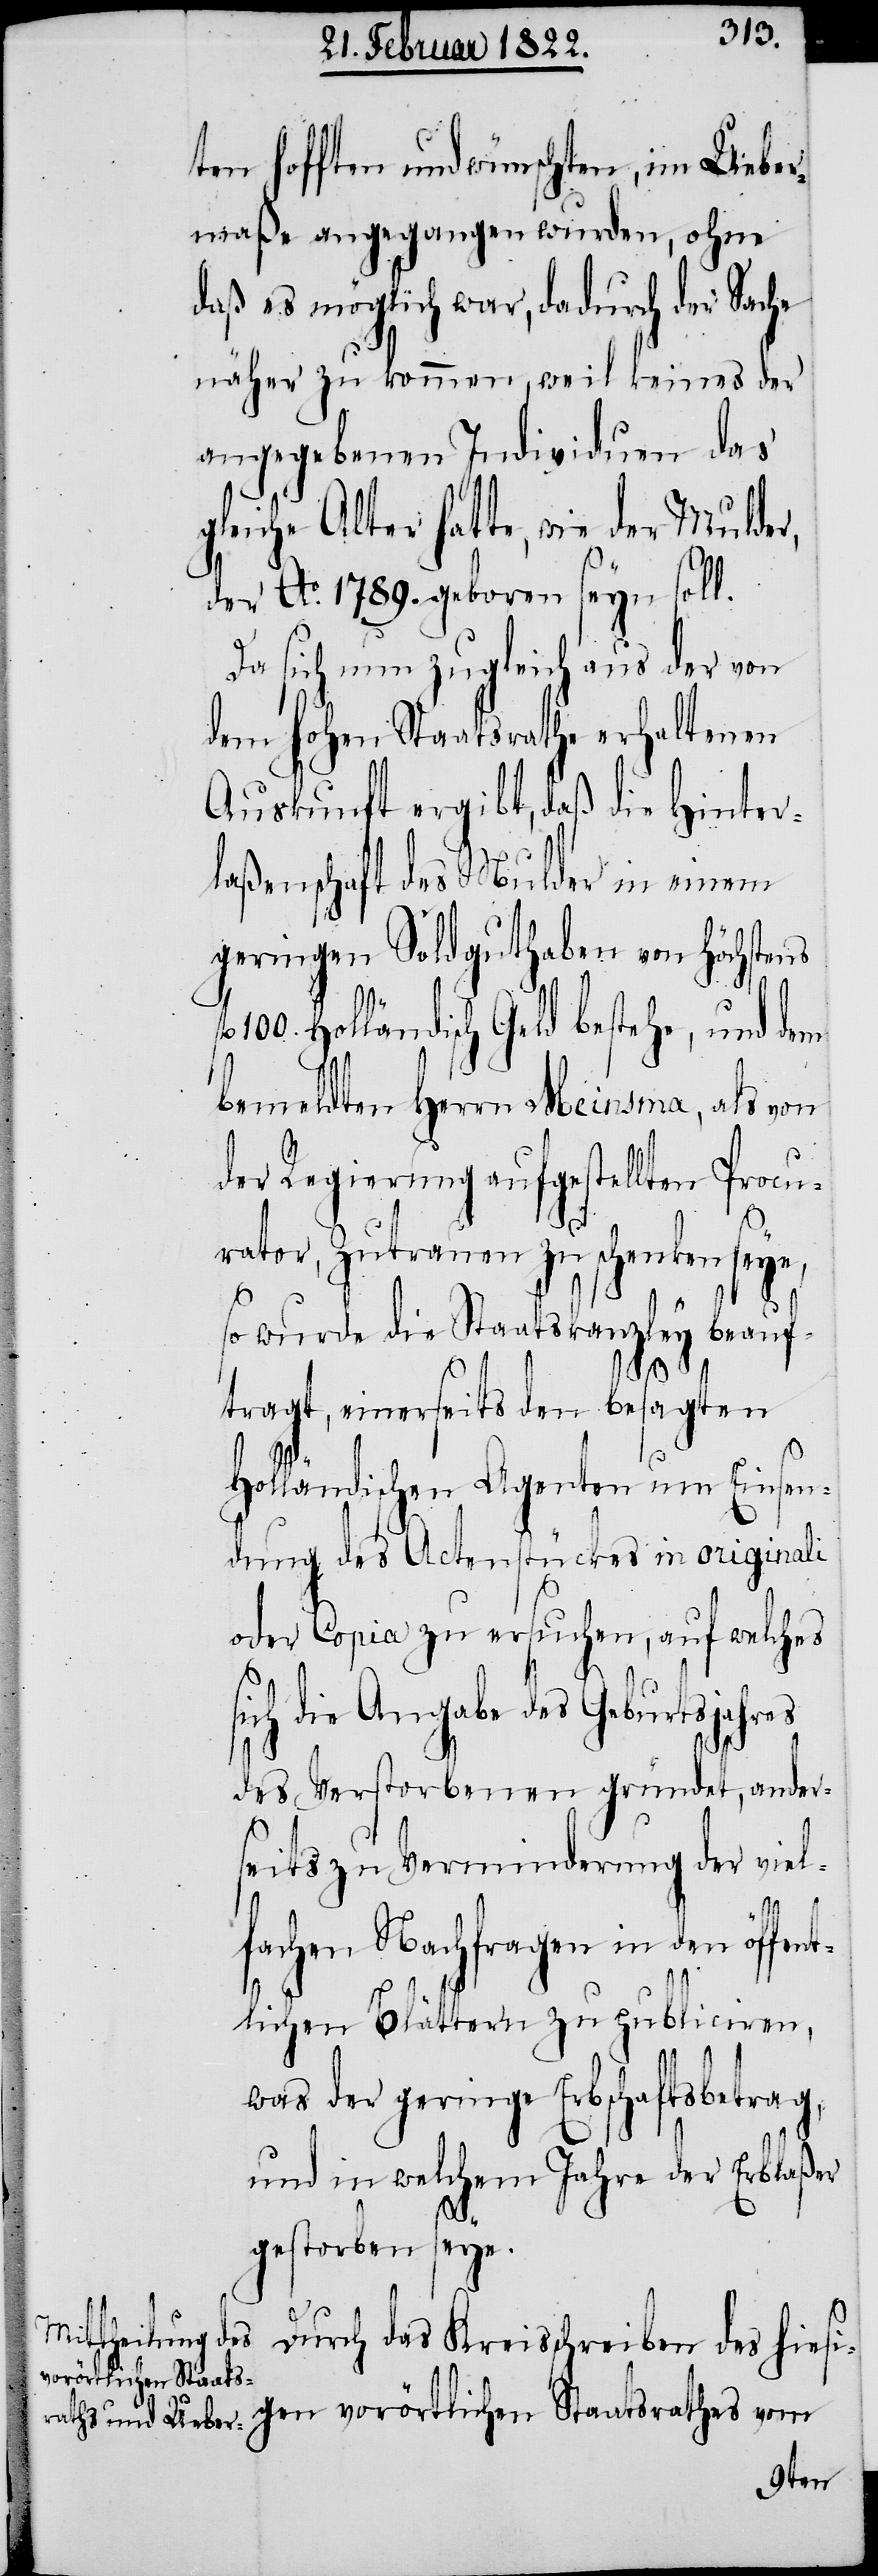
ten hofften und wünschten, im Ueber¬
maße angegangen wurden, ohne
daß es möglich war, dadurch der Sache
näher zu kommen, weil keines der
angegebenen Individuen das
gleiche Alter hatte, wie der
der Ao. 1789. geboren seyn soll.
Da sich nun zugleich aus der von
dem hohen Staatsrathe erhaltenen
Auskunft ergibt, daß die Hinter¬
laßenschaft des Mulder in einem
geringen Soldguthaben von höchstens
Holländisch Geld bestehe, und dem
bemeldten Herrn Meinsma, als von
der Regierung aufgestellten Procu¬
rator, Zutrauen zu schenken seye,
so wurde die Staatskanzley beauf¬
s¬
tragt, einerseits den besagten
Holländischen Agenten um Einsen¬
dung des Actenstückes in originali
oder Copia zu ersuchen, auf welches
ich die Angabe des Geburtsjahres
des Verstorbenen gründet, ander¬
seits zu Verminderung der viel¬
fachen Nachfragen in den öffent¬
lichen Blättern zu publiciren,
was der geringe Erbschaftsbetrag,
und in welchem Jahre der Erblaßer
gestorben seye.
Durch das Kreisschreiben des hiesi¬
gen vorörtlichen Staatsrathes vom